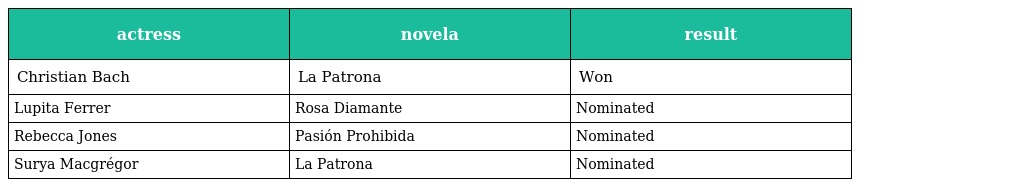
| actress | novela | result |
 | --- | --- | --- |
 | Christian Bach | La Patrona | Won |
 | Lupita Ferrer | Rosa Diamante | Nominated |
 | Rebecca Jones | Pasión Prohibida | Nominated |
 | Surya Macgrégor | La Patrona | Nominated |